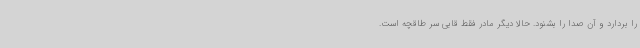
را بردارد و آن صدا را بشنود. حالا دیگر مادر فقط قابی سر طاقچه است.